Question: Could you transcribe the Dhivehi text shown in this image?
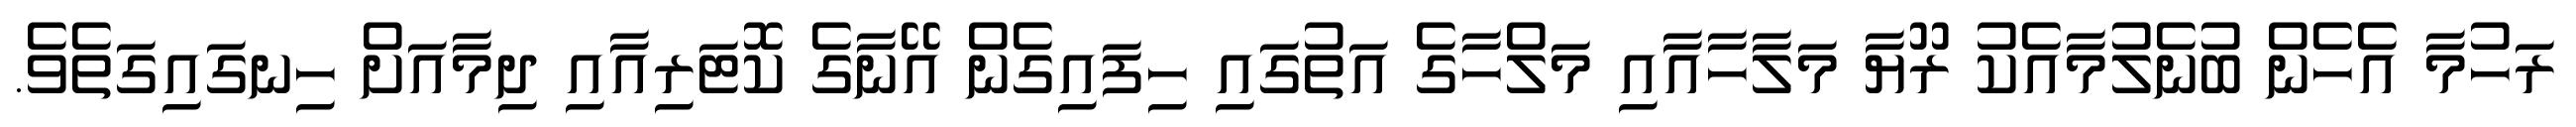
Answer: ރަހުމާ އެހެން ބުނެލުމާއެކު ރޫޔާ މަލާހާއާއި މަލްހާގެ އަތުގައި ހިފައިގެން އޭނާގެ ކޮޓަރިއާއި ދިމާއަށް ހިނގައިގަތެވެ.